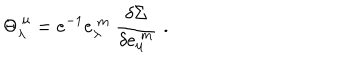
{ \Theta } _ { \lambda } ^ { ~ \mu } = e ^ { - 1 } e _ { \lambda } ^ { ~ m } ~ \frac { \delta \Sigma } { \delta e _ { \mu } ^ { ~ m } } \, \, .